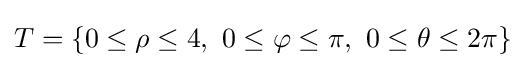
T=\{0\leq \rho \leq 4,\ 0\leq \varphi \leq \pi ,\ 0\leq \theta \leq 2\pi \}